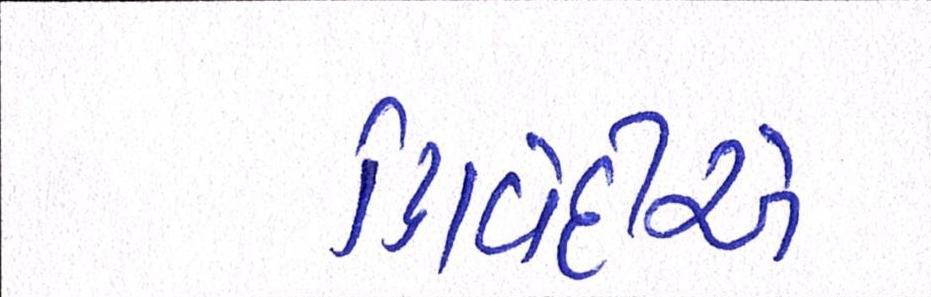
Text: ત્રિવેદીએ